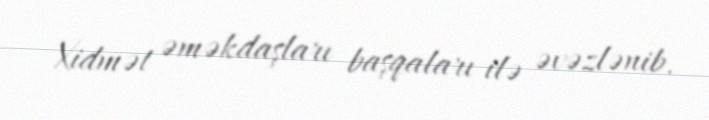
Xidmət əməkdaşları başqaları ilə əvəzlənib.